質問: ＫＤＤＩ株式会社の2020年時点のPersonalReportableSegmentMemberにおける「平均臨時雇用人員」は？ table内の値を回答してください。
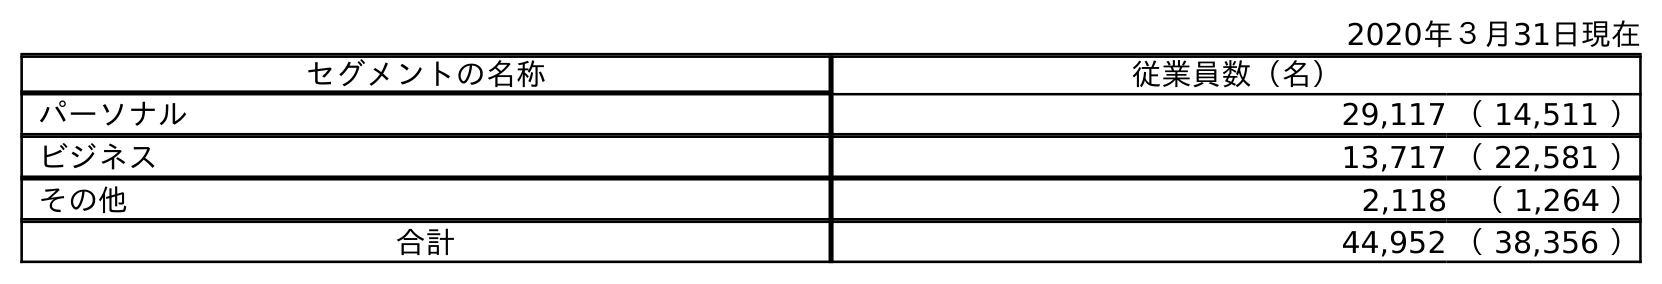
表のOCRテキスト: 2020年３月31日現在 セグメントの名称 従業員数（名） パーソナル 29,117 （ 14,511 ） ビジネス 13,717 （ 22,581 ） その他 2,118 （ 1,264 ） 合計 44,952 （ 38,356 ）
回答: （14,511）